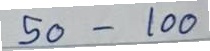
50 - 100